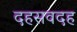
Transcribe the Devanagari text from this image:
दहसवदह